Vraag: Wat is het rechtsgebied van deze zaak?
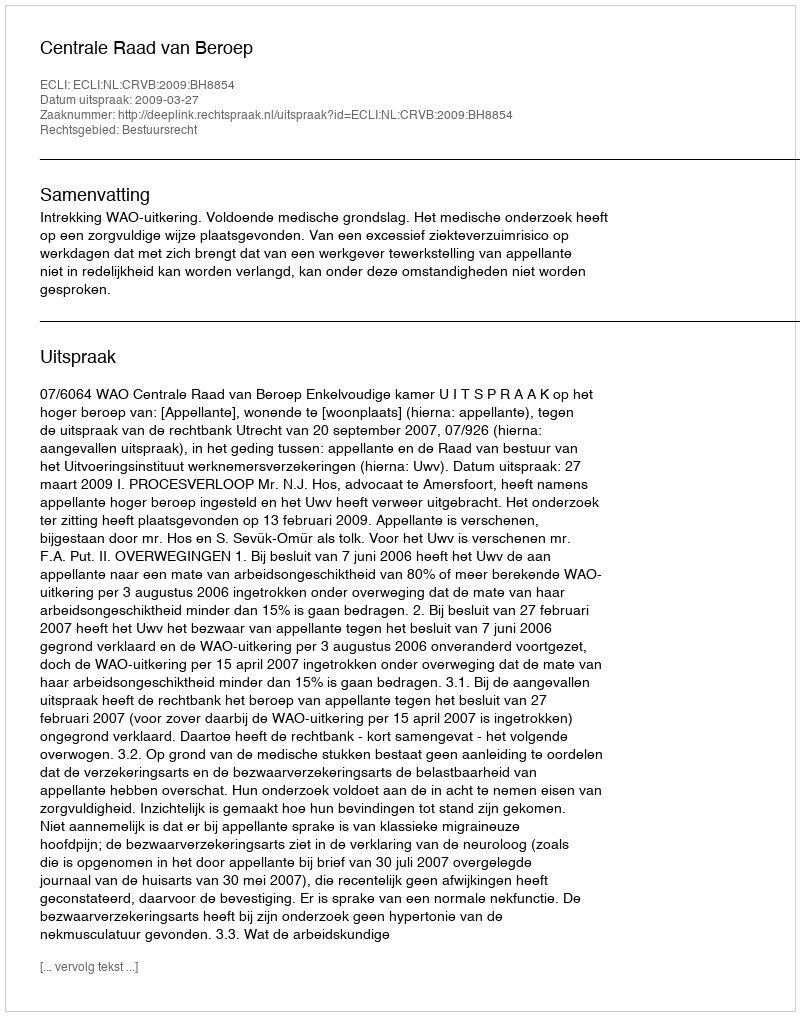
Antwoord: Bestuursrecht